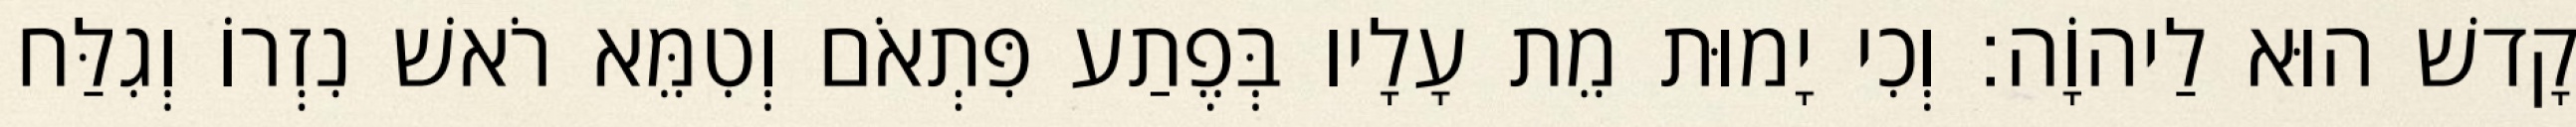
קָדשׁ הוּא לַיהוָֹה׃ וְכִי יָמוּת מֵת עָלָיו בְּפֶתַע פִּתְאֹם וְטִמֵּא רֹאשׁ נִזְרוֹ וְגִלַּח